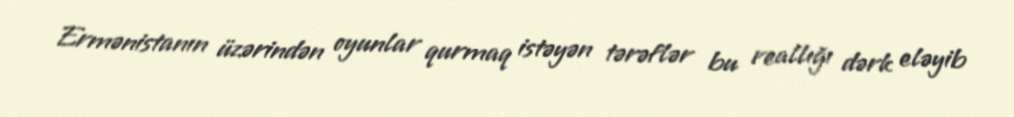
Ermənistanın üzərindən oyunlar qurmaq istəyən tərəflər bu reallığı dərk eləyib